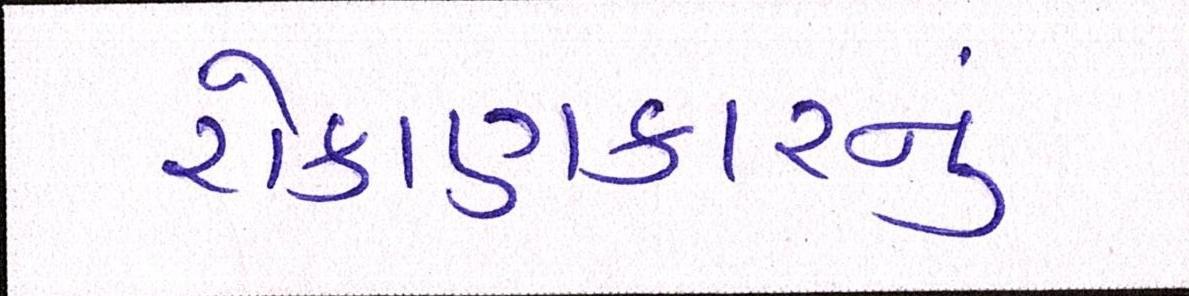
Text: રોકાણકારનું